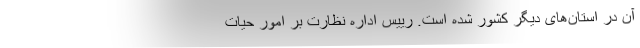
آن‌ در استان‌های دیگر کشور شده است. رییس اداره نظارت بر امور حیات